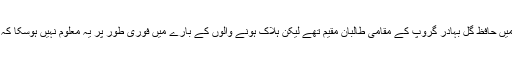
اہلکار کا کہنا تھا کہ ڈرون حملے کا ہدف بننے والے مکان میں حافظ گل بہادر گروپ کے مقامی طالبان مقیم تھے لیکن ہلاک ہونے والوں کے بارے میں فوری طور پر یہ معلوم نہیں ہوسکا کہ آیا وہ مقامی تھے یا ان میں کوئی غیرملکی بھی شامل تھے۔